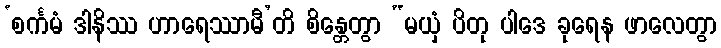
‘စင်္ကမံ ဒါနိဿ ဟာရေဿာမီ’တိ စိန္တေတွာ “မယှံ ပိတု ပါဒေ ခုရေန ဖာလေတွာ